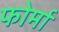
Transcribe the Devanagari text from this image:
फोर्मा